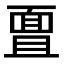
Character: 𮧊